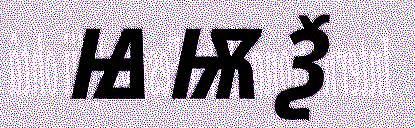
Ꙝ Ѭ Ѯ